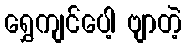
ရွှေကျင်ပေါ့ ဗျာတဲ့